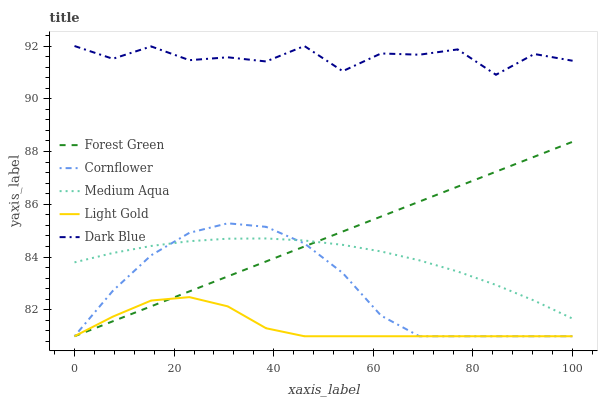
| xaxis_label | Forest Green | Cornflower | Medium Aqua | Light Gold | Dark Blue |
 | --- | --- | --- | --- | --- | --- |
 | 0 | 81 | 81 | 83.8 | 81 | 92 |
 | 7.69 | 81.6 | 82.7 | 84.2 | 81.7 | 91.5 |
 | 15.4 | 82.1 | 84.1 | 84.4 | 82.4 | 92 |
 | 23.1 | 82.7 | 84.9 | 84.6 | 82.5 | 91.5 |
 | 30.8 | 83.3 | 85.3 | 84.7 | 82.1 | 91.6 |
 | 38.5 | 83.8 | 85.1 | 84.7 | 81.3 | 91.4 |
 | 46.2 | 84.4 | 84.5 | 84.6 | 81 | 92 |
 | 53.8 | 85 | 83.4 | 84.5 | 81 | 91 |
 | 61.5 | 85.5 | 81.8 | 84.2 | 81 | 91.7 |
 | 69.2 | 86.1 | 81 | 83.9 | 81 | 91.7 |
 | 76.9 | 86.7 | 81 | 83.5 | 81 | 91.9 |
 | 84.6 | 87.2 | 81 | 82.9 | 81 | 90.9 |
 | 92.3 | 87.8 | 81 | 82.3 | 81 | 91.7 |
 | 100 | 88.4 | 81 | 81.7 | 81 | 91.4 |